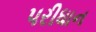
પરીધાન